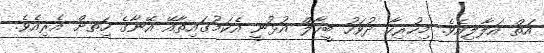
އަތް އަލާލިއެވެ. މިހުރިހާ ދުވަހު ބީހާލް އުޅުނީ އެކަމުގައިތާއޭ އޭނާގެ ހިަތށް އެރިއެވެ.